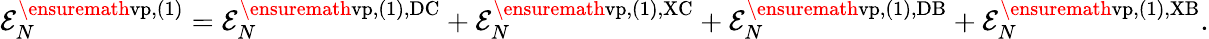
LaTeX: \begin{array}{r}{{\cal E}_{N}^{\ensuremath{\mathrm{vp}},(1)}={\cal E}_{N}^{\ensuremath{\mathrm{vp}},(1),\mathrm{DC}}+{\cal E}_{N}^{\ensuremath{\mathrm{vp}},(1),\mathrm{XC}}+{\cal E}_{N}^{\ensuremath{\mathrm{vp}},(1),\mathrm{DB}}+{\cal E}_{N}^{\ensuremath{\mathrm{vp}},(1),\mathrm{XB}}.}\end{array}